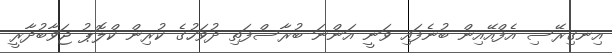
އިނގިރޭސި އެފްއޭއިން ބުނެފައި ވަނީ އަންނަ ބުރާސްފަތި ދުވަހުގެ ކުރިން ކްލޮޕު ޖަވާބުދާރީ